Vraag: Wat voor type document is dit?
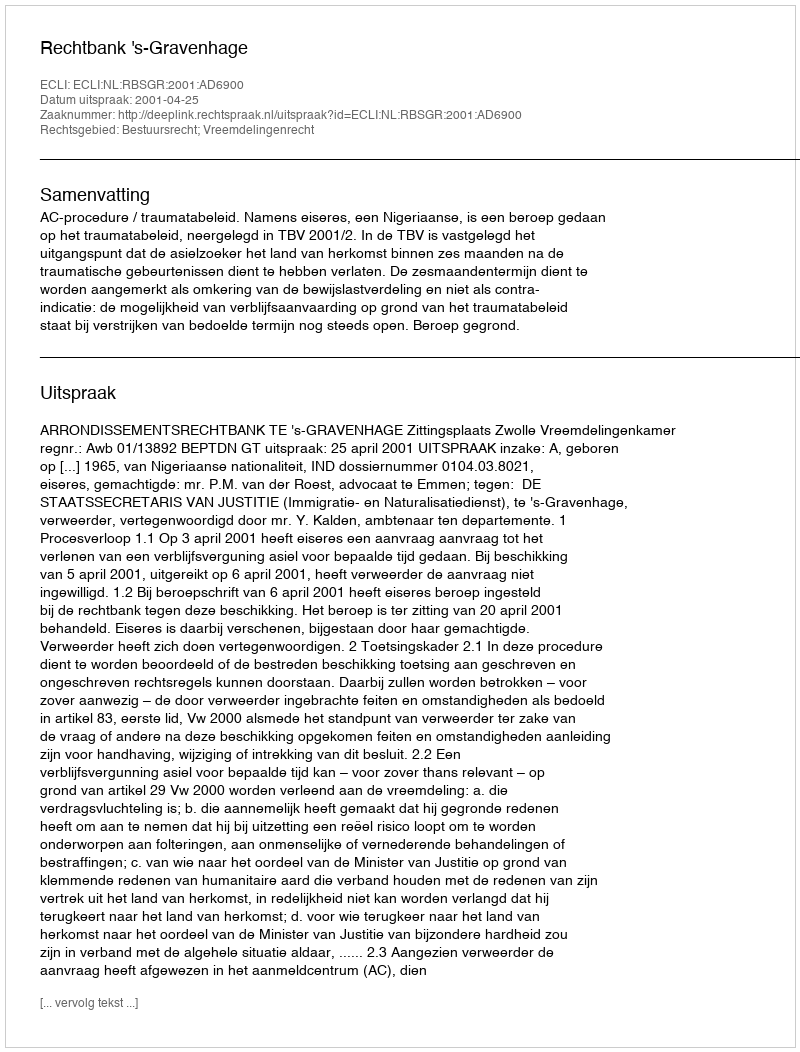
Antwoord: Uitspraak